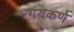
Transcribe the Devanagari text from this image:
गयकर्ण